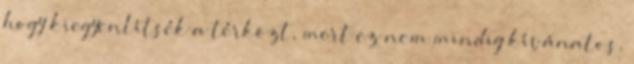
hogy kiegyenlítsék a térközt, mert ez nem mindig kívánatos.